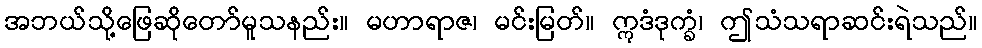
အဘယ်သို့ဖြေဆိုတော်မူသနည်း။ မဟာရာဇ၊ မင်းမြတ်။ ဣဒံဒုက္ခံ၊ ဤသံသရာဆင်းရဲသည်။